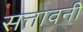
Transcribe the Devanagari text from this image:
सत्तावनी